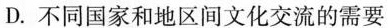
D.不同国家和地区间文化交流的需要